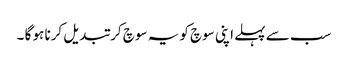
سب سے پہلے اپنی سوچ کو یہ سوچ کر تبدیل کرنا ہو گا ۔